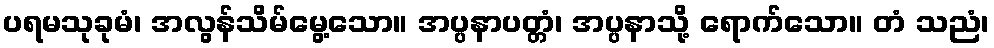
ပရမသုခုမံ၊ အလွန်သိမ်မွေ့သော။ အပ္ပနာပတ္တံ၊ အပ္ပနာသို့ ရောက်သော။ တံ သညံ၊